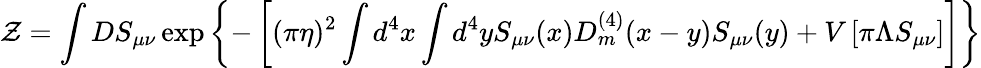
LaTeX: {\cal Z}=\int DS_{\mu\nu}\exp\left\{ -\left[(\pi\eta)^{2}\int d^{4}x\int d^{4}yS_{\mu\nu}(x)D_{m}^{(4)}(x-y)S_{\mu\nu}(y)+V\left[\pi\Lambda S_{\mu\nu}\right]\right]\right\}